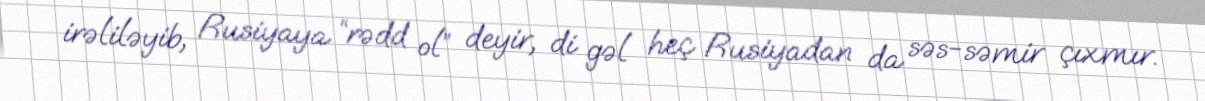
irəliləyib, Rusiyaya “rədd ol” deyir, di gəl heç Rusiyadan da səs-səmir çıxmır.